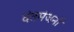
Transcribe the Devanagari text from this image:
दंतमंजनों